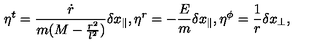
\eta ^ { t } = \frac { \dot { r } } { m ( M - \frac { r ^ { 2 } } { l ^ { 2 } } ) } \delta x _ { \parallel } , \eta ^ { r } = - \frac { E } { m } \delta x _ { \parallel } , \eta ^ { \phi } = \frac { 1 } { r } \delta x _ { \perp } ,